Vaccine operations Central Provinces & Berar 1922-1929 - 1922-1929
Year: 1922
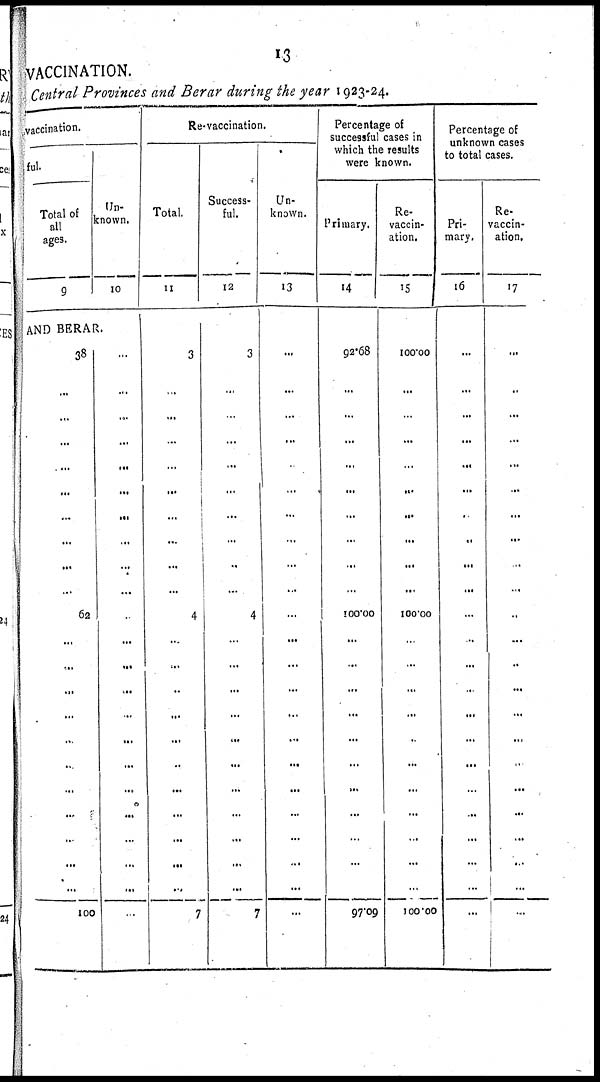
13
VACCINATION.
Central Provinces and Berar during the year 1923-24.
vaccination.
ful.
Total of
all
ages.
9
Un¬
known.
10
AND BERAR.
38
...
...
...
...
...
...
...
...
...
62
...
...
...
...
...
...
...
...
...
...
...
100
...
...
...
...
...
...
...
...
...
...
...
...
...
...
...
...
...
...
...
...
...
...
...
Re-vaccination.
Total.
11
3
...
...
...
...
...
...
...
...
...
4
...
...
...
...
...
...
...
...
...
...
...
7
Success¬
ful.
12
3
...
...
...
...
...
...
...
...
...
4
...
...
...
...
...
...
...
...
...
...
...
7
Un-
known.
13
...
...
...
...
...
...
...
...
...
...
...
...
...
...
...
...
...
...
...
...
...
...
...
Percentage of
successful cases in
which the results
were known.
Primary.
14
92.68
...
...
...
...
...
...
...
...
...
100.00
...
...
...
...
...
...
...
...
...
...
...
97.09
Re¬
vaccin-
ation.
15
100.00
...
...
...
...
...
...
...
...
...
100.00
...
...
...
...
...
...
...
...
...
...
...
100.00
Percentage of
unknown cases
to total cases.
Pri-
mary.
16
...
...
...
...
...
...
...
...
...
...
...
...
...
...
...
...
...
...
...
...
...
...
...
Re¬
vaccin-
ation.
17
...
...
...
...
...
...
...
...
...
...
...
...
...
...
...
...
...
...
...
...
...
...
...